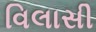
વિલાસી